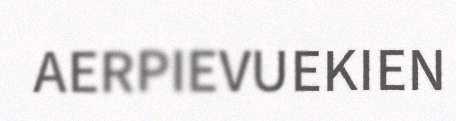
AERPIEVUEKIEN